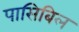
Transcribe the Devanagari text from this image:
पासिबिल